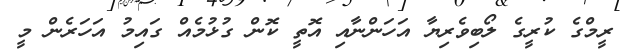
ރީމްގެ ކުރީގެ ލޯބިވެރިޔާ އަހަންނާއި އޮތީ ކޮން ގުޅުމެއް ގައިމު އަހަރެން މީ